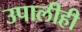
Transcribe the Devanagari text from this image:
उपालीही